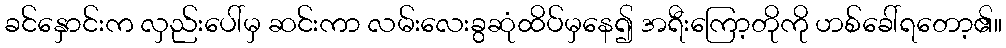
ခင်နှောင်းက လှည်းပေါ်မှ ဆင်းကာ လမ်းလေးခွဆုံထိပ်မှနေ၍ အရီးကြော့တိုကို ဟစ်ခေါ်ရတော့၏။